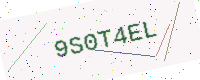
Text: 9S0T4EL